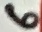
Text: 6